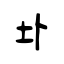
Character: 圤